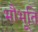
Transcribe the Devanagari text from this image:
भौभूति